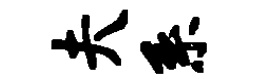
夫系